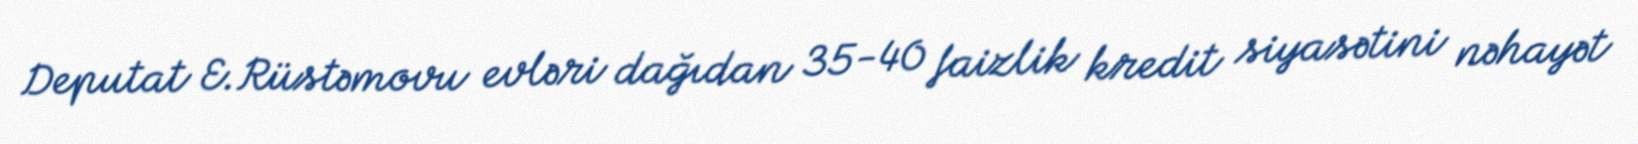
Deputat E.Rüstəmovu evləri dağıdan 35-40 faizlik kredit siyasətini nəhayət